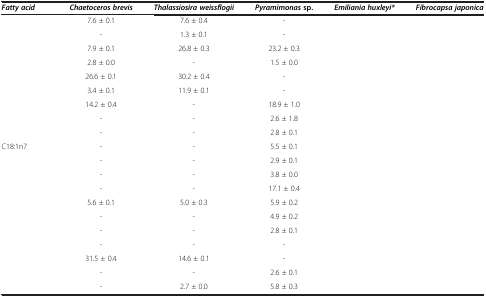
<table><thead><tr><td><b><i>Fatty acid</i></b></td><td><b><i>Chaetoceros brevis</i></b></td><td><b><i>Thalassiosira weissflogii</i></b></td><td><b><i>Pyramimonas </i>sp.</b></td><td><b><i>Emiliania huxleyi*</i></b></td><td><b><i>Fibrocapsa japonica</i></b></td></tr></thead><tbody><tr><td>[EMPTY_CELL]</td><td>7.6 ± 0.1</td><td>7.6 ± 0.4</td><td>-</td><td>[EMPTY_CELL]</td><td>[EMPTY_CELL]</td></tr><tr><td>[EMPTY_CELL]</td><td>-</td><td>1.3 ± 0.1</td><td>-</td><td>[EMPTY_CELL]</td><td>[EMPTY_CELL]</td></tr><tr><td>[EMPTY_CELL]</td><td>7.9 ± 0.1</td><td>26.8 ± 0.3</td><td>23.2 ± 0.3</td><td>[EMPTY_CELL]</td><td>[EMPTY_CELL]</td></tr><tr><td>[EMPTY_CELL]</td><td>2.8 ± 0.0</td><td>-</td><td>1.5 ± 0.0</td><td>[EMPTY_CELL]</td><td>[EMPTY_CELL]</td></tr><tr><td>[EMPTY_CELL]</td><td>26.6 ± 0.1</td><td>30.2 ± 0.4</td><td>-</td><td>[EMPTY_CELL]</td><td>[EMPTY_CELL]</td></tr><tr><td>[EMPTY_CELL]</td><td>3.4 ± 0.1</td><td>11.9 ± 0.1</td><td>-</td><td>[EMPTY_CELL]</td><td>[EMPTY_CELL]</td></tr><tr><td>[EMPTY_CELL]</td><td>14.2 ± 0.4</td><td>-</td><td>18.9 ± 1.0</td><td>[EMPTY_CELL]</td><td>[EMPTY_CELL]</td></tr><tr><td>[EMPTY_CELL]</td><td>-</td><td>-</td><td>2.6 ± 1.8</td><td>[EMPTY_CELL]</td><td>[EMPTY_CELL]</td></tr><tr><td>[EMPTY_CELL]</td><td>-</td><td>-</td><td>2.8 ± 0.1</td><td>[EMPTY_CELL]</td><td>[EMPTY_CELL]</td></tr><tr><td>C18:1n7</td><td>-</td><td>-</td><td>5.5 ± 0.1</td><td>[EMPTY_CELL]</td><td>[EMPTY_CELL]</td></tr><tr><td>[EMPTY_CELL]</td><td>-</td><td>-</td><td>2.9 ± 0.1</td><td>[EMPTY_CELL]</td><td>[EMPTY_CELL]</td></tr><tr><td>[EMPTY_CELL]</td><td>-</td><td>-</td><td>3.8 ± 0.0</td><td>[EMPTY_CELL]</td><td>[EMPTY_CELL]</td></tr><tr><td>[EMPTY_CELL]</td><td>-</td><td>-</td><td>17.1 ± 0.4</td><td>[EMPTY_CELL]</td><td>[EMPTY_CELL]</td></tr><tr><td>[EMPTY_CELL]</td><td>5.6 ± 0.1</td><td>5.0 ± 0.3</td><td>5.9 ± 0.2</td><td>[EMPTY_CELL]</td><td>[EMPTY_CELL]</td></tr><tr><td>[EMPTY_CELL]</td><td>-</td><td>-</td><td>4.9 ± 0.2</td><td>[EMPTY_CELL]</td><td>[EMPTY_CELL]</td></tr><tr><td>[EMPTY_CELL]</td><td>-</td><td>-</td><td>2.8 ± 0.1</td><td>[EMPTY_CELL]</td><td>[EMPTY_CELL]</td></tr><tr><td>[EMPTY_CELL]</td><td>-</td><td>-</td><td>-</td><td>[EMPTY_CELL]</td><td>[EMPTY_CELL]</td></tr><tr><td>[EMPTY_CELL]</td><td>31.5 ± 0.4</td><td>14.6 ± 0.1</td><td>-</td><td>[EMPTY_CELL]</td><td>[EMPTY_CELL]</td></tr><tr><td>[EMPTY_CELL]</td><td>-</td><td>-</td><td>2.6 ± 0.1</td><td>[EMPTY_CELL]</td><td>[EMPTY_CELL]</td></tr><tr><td>[EMPTY_CELL]</td><td>-</td><td>2.7 ± 0.0</td><td>5.8 ± 0.3</td><td>[EMPTY_CELL]</td><td>[EMPTY_CELL]</td></tr></tbody></table>